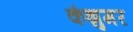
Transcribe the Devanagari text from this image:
कंझुमर